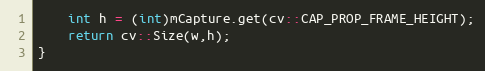
Language: C++
    int h = (int)mCapture.get(cv::CAP_PROP_FRAME_HEIGHT);
    return cv::Size(w,h);
}